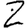
Digit: 2